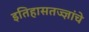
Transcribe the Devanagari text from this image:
इतिहासतज्ज्ञांचे